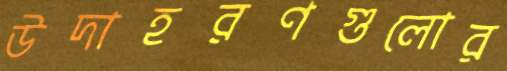
উদাহরণগুলোর